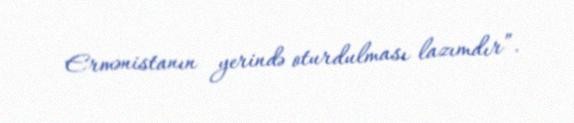
Ermənistanın yerində oturdulması lazımdır”.